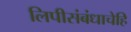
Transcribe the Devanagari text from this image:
लिपीसंबंधाचेहि